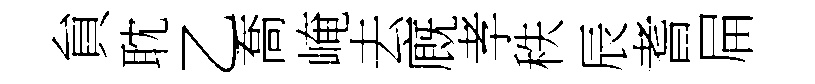
貟耽乙喬崦去廐孝秩辰耆屇